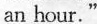
an hour”.